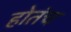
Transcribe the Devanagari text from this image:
होतंच